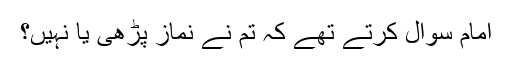
امام سوال کرتے تھے کہ تم نے نماز پڑھی یا نہیں؟